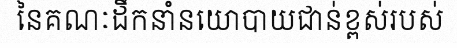
នៃគណៈដឹកនាំនយោបាយជាន់ខ្ពស់របស់